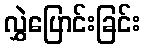
လွှဲပြောင်းခြင်း